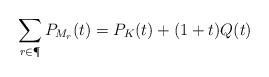
LaTeX: \begin{gather*}\sum_{r\in\P}P_{M_r}(t) = P_K(t) + (1+t)Q(t)\end{gather*}